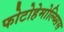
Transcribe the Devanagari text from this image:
फोटोहेमोल्य्सिस